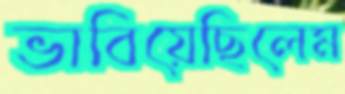
ভাবিয়েছিলেম